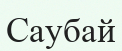
Саубай